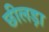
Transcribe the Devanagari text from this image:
छीलड़ा